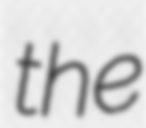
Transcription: the